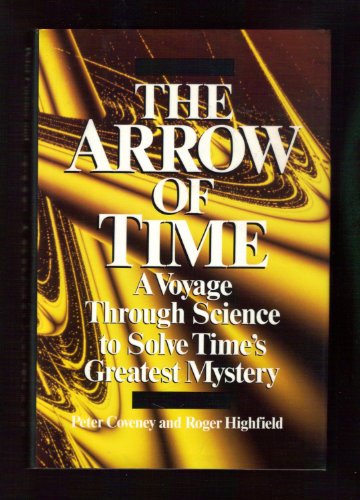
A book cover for The Arrow of Time : A Voyage Through Science to Solve Time's Greatest Mystery; Peter Coveney; Science & Math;